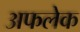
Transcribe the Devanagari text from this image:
अफलेक